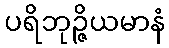
ပရိဘုဉ္ဇိယမာနံ